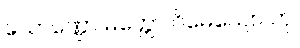
သောဏ္ဍော မတ္တော ဝိဓေယျော တု၊